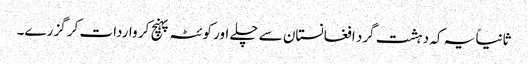
ثانیاً یہ کہ دہشت گرد افغانستان سے چلے اور کوئٹہ پہنچ کر واردات کر گزرے۔